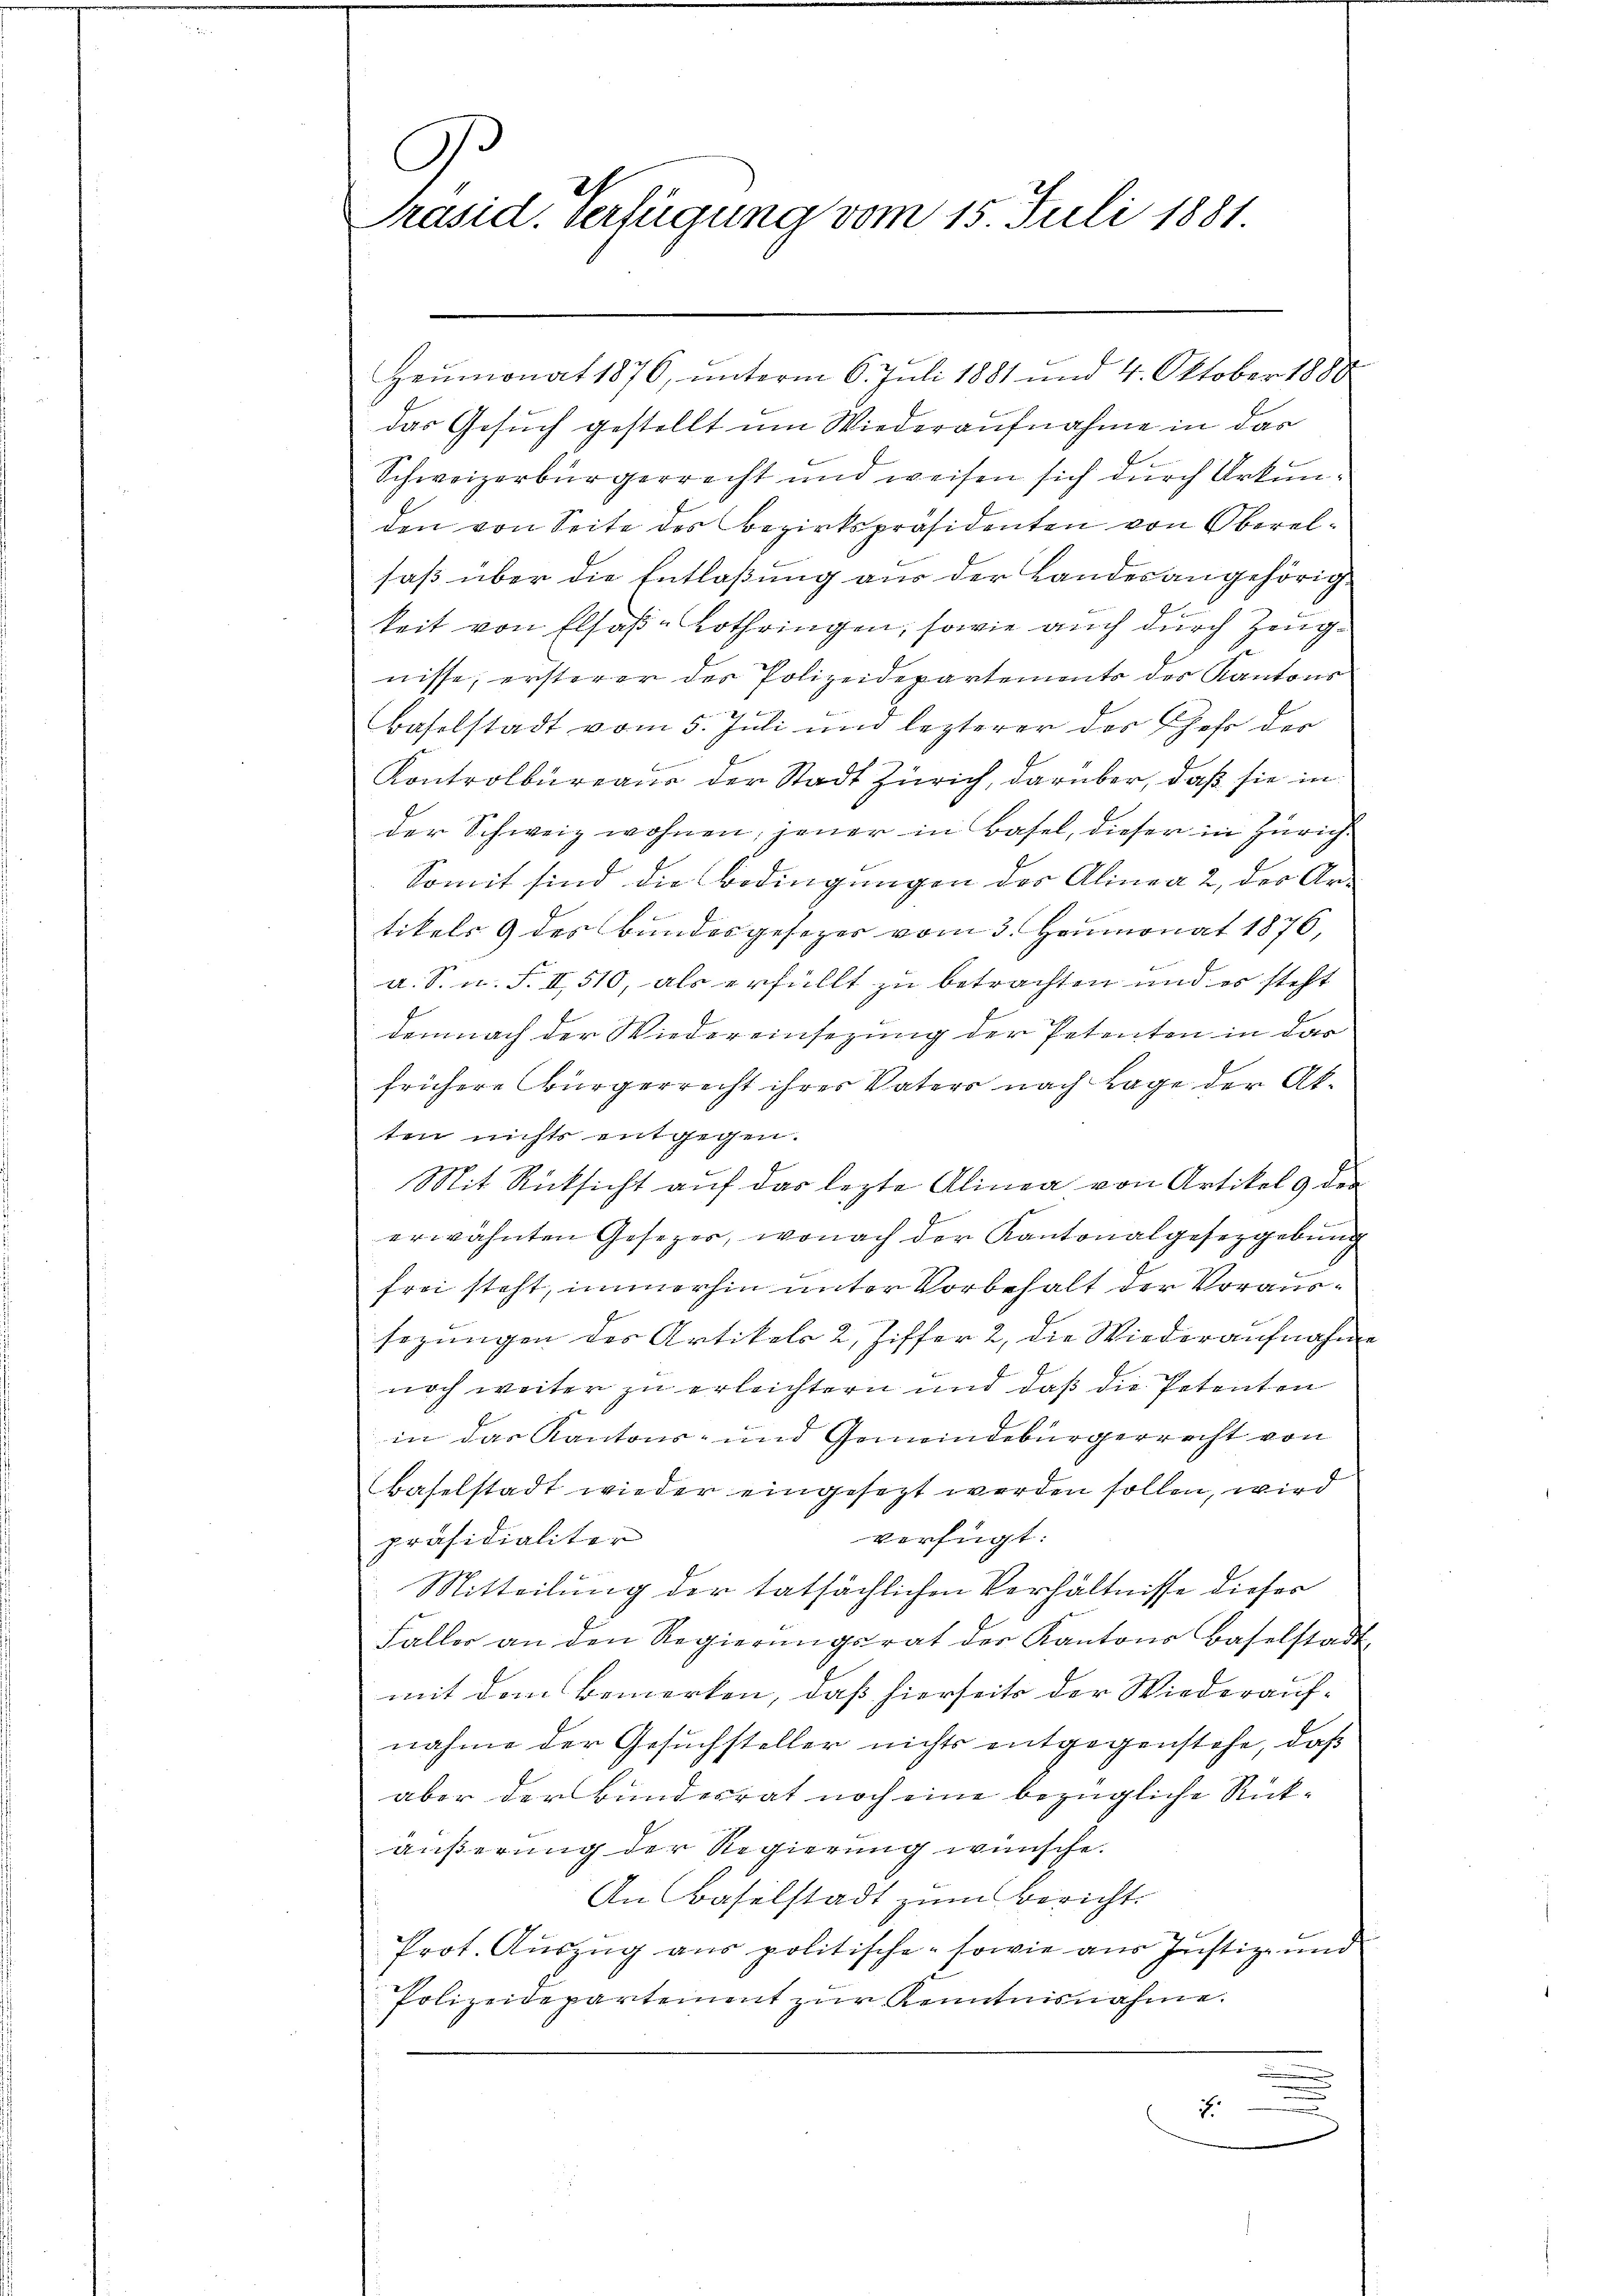
.
I.
Präsid. Verfügung vom 15. Juli 1881

Heumonat 1876, unterm 6. Juli 1881 und 4. Oktober 1888
das Gesuch gestellt um Wiederaufnahme in das
Schweizerbürgerrecht und weisen sich durch Urkunden von Seite des Bezirkspräsidenten von Oberalsaß über die Entlaßung aus der Landesangehörigkeit von Elsaß-Lothringen, sowie auch durch Zeugnisse, ersterer der Polizeidepartements des Kantons
i
Baselstadt vom 5. Juli und lezterer der Chef der
Kontrolbureaus der Stadt Zürich, darüber, daß sie in
der Schweiz wohnen, jener in Basel, dieser in Zürich
Somit sind die Bedingungen des Alinea 2, der Artikels 9 des Bundesgesezes vom 3. Heumonat 1876,
a. S. n. F. II 510, als erfüllt zu betrachten und es steht
demnach der Wiedereinsezung der Petenten in das
frühere Bürgerrecht ihres Vaters nach Lage der Akten nichts entgegen.
Mit Rücksicht auf das lezte Alinea von Artikel 9 der
erwähnten Gesezer, wonach der Kantonalgesetzgebung
frei steht, immerhin unter Vorbehalt der Voraussezungen des Artikels 2, Ziffer 2, die Wiederaufnahme
noch weiter zu erleichtern und daß die Petenten
in das Kantons- und Gemeindebürgerrecht von
Baselstadt wieder eingesezt werden sollen, wird
verfügt:
präsidialiter
Mitteilung der tatsächlichen Verhältnisse dieser
Faller an den Regierŭngsrat der Kantons Baselstadt,
mit dem Bemerken, daß hierseits der Wiederauf-
nahme der Gesuchsteller nichts entgegenstehe, daß
aber der Bundesrat noch eine bezügliche Rückäußerung der Regierung wünsche.
An Baselstadt zum Bericht.
Prot. Auszug aus politische sowie aus Justiz- und
Polizeidepartement zur Kenntnisnahme.
7